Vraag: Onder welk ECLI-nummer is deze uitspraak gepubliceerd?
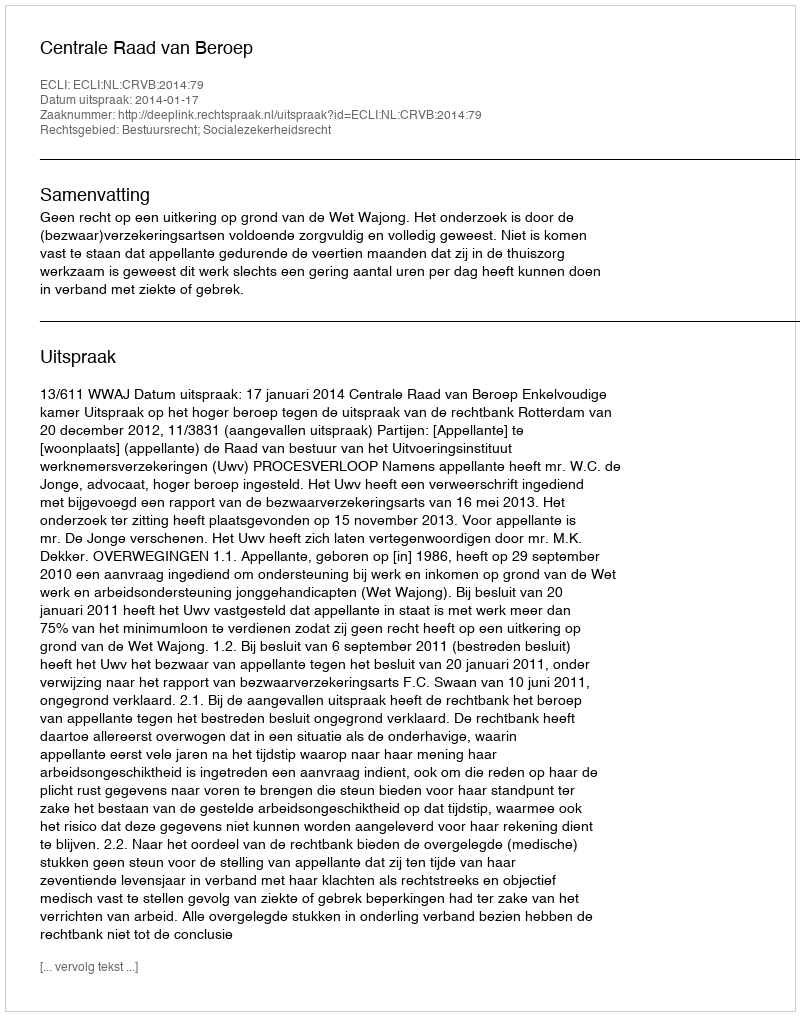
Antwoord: ECLI:NL:CRVB:2014:79